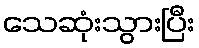
သေဆုံးသွားပြီး